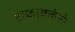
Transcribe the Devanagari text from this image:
डोकावलेले